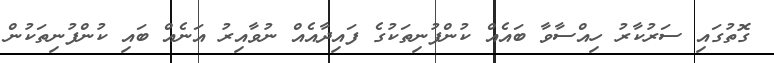
ގޮތުގައި ސަރުކާރު ހިއްސާވާ ބައެއް ކުންފުނިތަކުގެ ފައިދާއެއް ނުވާއިރު އަނެއް ބައި ކުންފުނިތަކުން